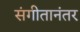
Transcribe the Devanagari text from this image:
संगीतानंतर